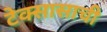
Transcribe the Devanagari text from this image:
टेक्सासाची